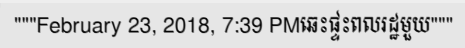
"""February 23, 2018, 7:39 PMឆេះផ្ទះពលរដ្ឋមួយ"""